Report on sanitation, dispensaries, and jails in Rajputana for 1915, and on vaccination for the year 1915-1916 - 1915-1916
Year: 1915
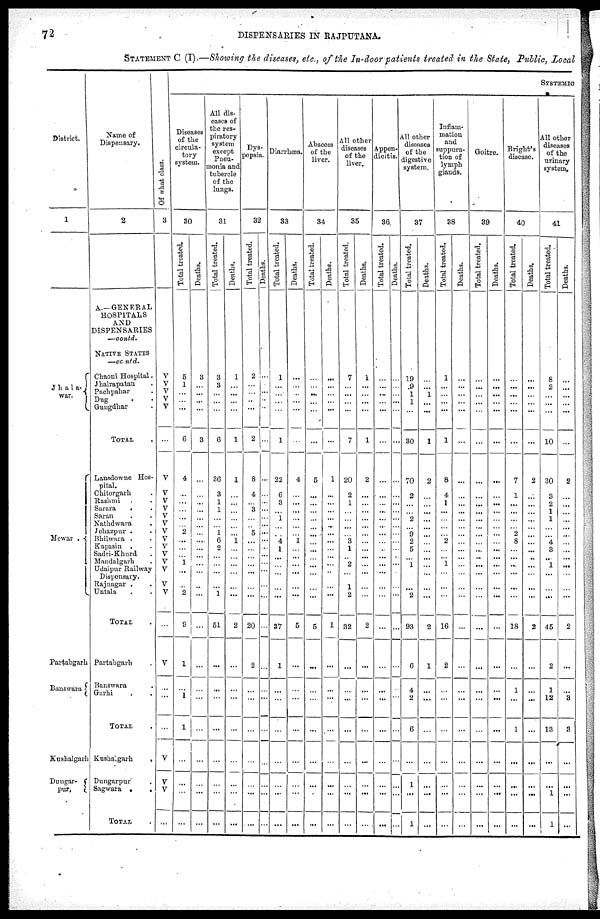
72
DISPENSARIES IN RAJPUTANA.
STATEMENT C (I).—Showing the diseases, etc., of the In-door patients treated in the State, Public, Local
District.
1
Jhala¬
war.
Mewar .
Partabgarh
Banswara
Kushalgarh
Dungar¬
pur.
Name of
Dispensary.
2
A.— GENERAL
HOSPITALS
AND
DISPENSARIES
—contd.
NATIVE STATES
—contd.
Chaoni Hospital.
Jhalrapatan.
Pachpahar.
Dug..
Gungdhar.
TOTAL.
Lansdowne Hos-
pital.
Chitorgarh.
Rashmi..
Sarara
..
Saran..
Nathdwara.
Jehazpur ..
Bhilwara ..
Kapasin ..
Sadri-Khurd.
Mandalgarh.
Udaipur Railway
Dispensary.
Rajnagar ..
Untala..
TOTAL.
Partabgarh.
Banswara.
Garhi
.
.
TOTAL .
Kushalgarh
.
Dungarpur.
Sagwara .
.
TOTAL
Of what class.
3
V
V
V
V
V
...
V
V
V
V
V
V
V
V
V
V
V
V
V
V
...
V
...
...
...
V
V
V
...
SYSTEMIC
Diseases
of the
circula-
tory
system.
30
Total treated.
5
1
...
...
...
6
4
...
...
...
...
...
2
...
...
...
1
...
...
2
9
1
...
1
1
...
...
...
...
Deaths.
3
...
...
...
...
3
...
...
...
...
...
...
...
...
...
...
...
...
...
...
...
...
...
...
...
...
...
...
...
All dis-
eases of
the res¬
piratory
system
except
Pueu¬
monia and
tubercle
of the
lungs.
31
Total treated.
3
3
...
...
...
6
36
3
1
1
...
...
1
6
2
...
...
...
...
1
51
...
...
...
...
...
...
...
...
Deaths.
1
...
...
...
...
1
1
...
...
...
...
...
...
1
...
...
...
...
...
...
2
...
...
...
...
...
...
...
...
Dys-
pepsia.
32
Total treated.
2
...
...
...
...
2
8
4
...
3
...
...
5
...
...
...
...
...
...
...
20
2
...
...
...
...
...
...
...
Deaths.
...
...
...
...
...
...
...
...
...
...
...
...
...
...
...
...
...
...
...
...
...
...
...
...
...
...
...
...
...
Diarrhœa.
33
Total treated.
1
...
...
...
...
1
22
6
3
...
1
...
...
4
1
...
...
...
...
...
37
1
...
...
...
...
...
...
...
Deaths.
...
...
...
...
...
...
4
...
...
...
...
...
...
1
...
...
...
...
...
...
5
...
...
...
...
...
...
...
...
Abscess
of the
liver.
34
Total treated.
...
...
...
...
...
...
5
...
...
...
...
...
...
...
...
...
...
...
...
...
5
...
...
...
...
...
...
...
...
Deaths.
...
...
...
...
...
...
1
...
...
...
...
...
...
...
...
...
...
...
...
...
1
...
...
...
...
...
...
...
...
All other
diseases
of the
liver.
35
Total treated.
7
...
...
...
...
7
20
2
1
...
...
...
...
3
1
...
2
...
1
2
32
...
...
...
...
...
...
...
...
Deaths.
1
...
...
...
...
1
2
...
...
...
...
...
...
...
...
...
...
...
...
...
2
...
...
...
...
...
...
...
...
Appen-
dicitis.
36
Total treated.
...
...
...
...
...
...
...
...
...
...
...
...
...
...
...
...
...
...
...
...
...
...
...
...
...
...
...
...
...
Deaths.
...
...
...
...
...
...
...
...
...
...
...
...
...
...
...
...
...
...
...
...
...
...
...
...
...
...
...
...
...
All other
diseases
of the
digestive
system.
37
Total treated.
19
9
1
1
...
30
70
2
...
...
2
...
9
2
5
...
1
...
...
2
93
6
4
2
6
...
1
...
1
Deaths.
...
...
1
...
...
1
2
...
...
...
...
...
...
...
...
...
...
...
...
...
2
1
...
...
...
...
...
...
...
Inflam-
mation
and
suppura-
tion of
lymph
glands.
38
Total treated.
1
...
...
...
...
1
8
4
1
...
...
...
...
2
...
... 1
...
...
...
16
2
...
...
...
...
...
...
...
Deaths.
...
...
...
...
...
...
...
...
...
...
...
...
...
...
...
...
...
...
...
...
...
...
...
...
...
...
...
...
...
Goitre.
39
Total treated.
...
...
...
...
...
...
...
...
...
...
...
...
...
...
...
...
...
...
...
...
...
...
...
...
...
...
...
...
...
Deaths.
...
...
...
...
...
...
...
...
...
...
...
...
...
...
...
...
...
...
...
...
...
...
...
...
...
...
...
...
...
Bright's
disease.
40
Total treated.
...
...
...
...
...
...
7
1
...
...
...
...
2
8
...
...
...
...
...
...
18
...
1
...
1
...
...
...
...
Deaths.
...
...
...
...
...
...
2
...
...
...
...
...
...
...
...
...
...
...
...
...
2
...
...
...
...
...
...
...
...
All other
diseases
of the
urinary
system.
41
Total treated.
8
2
...
...
...
10
30
3
2
1
1
...
...
4
3
...
1
...
...
...
45
2
1
12
13
...
...
1
1
Deaths.
...
...
...
...
...
...
2
...
...
...
...
...
...
...
...
...
...
...
...
...
2
...
...
3
3
...
...
...
...